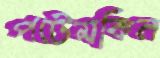
পটেমকিন